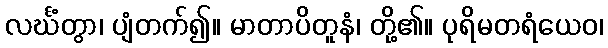
လင်္ဃံတွာ၊ ပျံတက်၍။ မာတာပိတူနံ၊ တို့၏။ ပုရိမတရံယေဝ၊